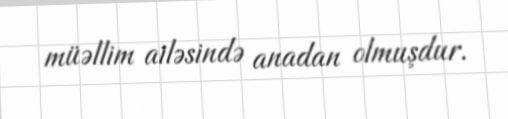
müəllim ailəsində anadan olmuşdur.